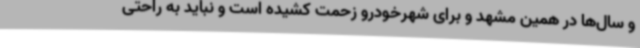
و سال‌ها در همین مشهد و برای شهرخودرو زحمت کشیده است و نباید به راحتی